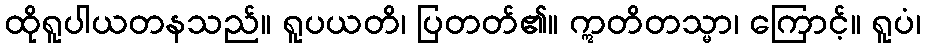
ထိုရူပါယတနသည်။ ရူပယတိ၊ ပြတတ်၏။ ဣတိတသ္မာ၊ ကြောင့်။ ရူပံ၊